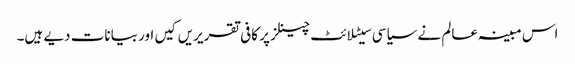
اس مبینہ عالم نے سیاسی سیٹلائٹ چینلز پر کافی تقریریں کیں اور بیانات دیے ہیں۔